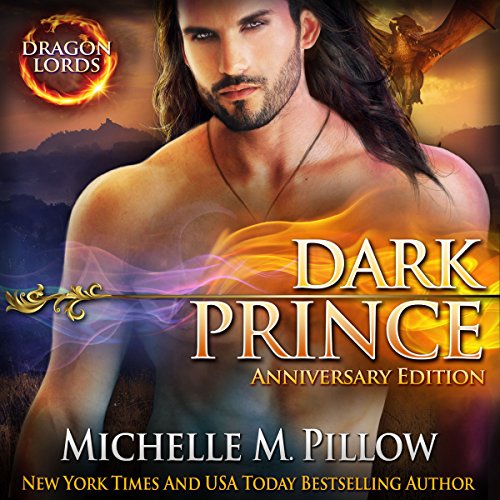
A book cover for Dark Prince: Dragon Lords Anniversary Edition; Michelle M. Pillow; Romance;